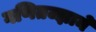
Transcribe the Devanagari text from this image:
गणितज्ज्ञाने